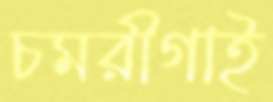
চমরীগাই